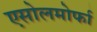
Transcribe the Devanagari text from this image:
एसोलमोर्फा